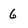
Character: 6